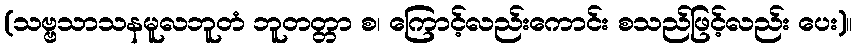
(သဗ္ဗသာသနမူလဘူတံ ဘူတတ္တာ စ၊ ကြောင့်လည်းကောင်း စသည်ဖြင့်လည်း ပေး)။